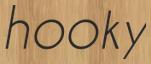
hooky